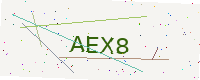
Text: AEX8